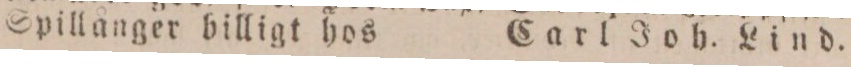
Spillånger billigt hos    Carl Joh. Lind.